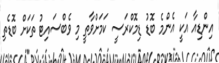
އިންޑިއާ އަކީ އެންމެ ބޮޑު ޑިމޮކްރަސީ ކަމަށްވާތީ މި ވެބްސައިޓު ތަކަށް ބޮޑެތި